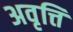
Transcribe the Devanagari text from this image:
अवृत्ति